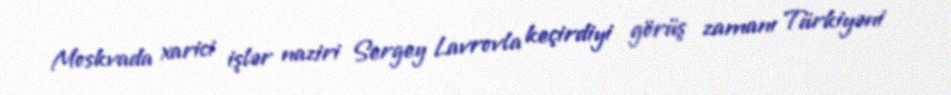
Moskvada xarici işlər naziri Sergey Lavrovla keçirdiyi görüş zamanı Türkiyəni